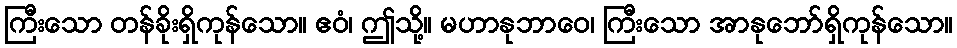
ကြီးသော တန်ခိုးရှိကုန်သော။ ဧဝံ၊ ဤသို့။ မဟာနုဘာဝေ၊ ကြီးသော အာနုဘော်ရှိကုန်သော။